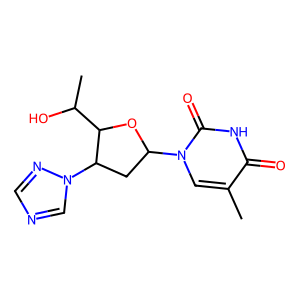
SMILES: Cc1cn(C2CC(n3cncn3)C(C(C)O)O2)c(=O)[nH]c1=O
Inhibits HIV replication: No